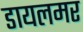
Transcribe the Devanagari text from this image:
डायलमर